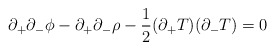
\begin{align*}\partial_+\partial_- \phi -\partial_+\partial_- \rho -\frac{1}{2}(\partial_+T)(\partial_-T)=0 \end{align*}